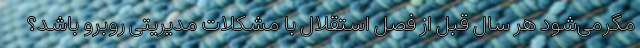
مگرمی‌شود هر سال قبل از فصل استقلال با مشکلات مدیریتی روبرو باشد؟